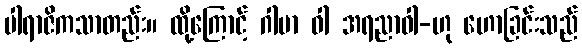
ပါရာဇိကသာတည်း။ ထို့ကြောင့် ဂါမာ ဝါ အရညာဝါ-ဟု ဟောခြင်းသည်